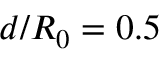
d / R _ { 0 } = 0 . 5